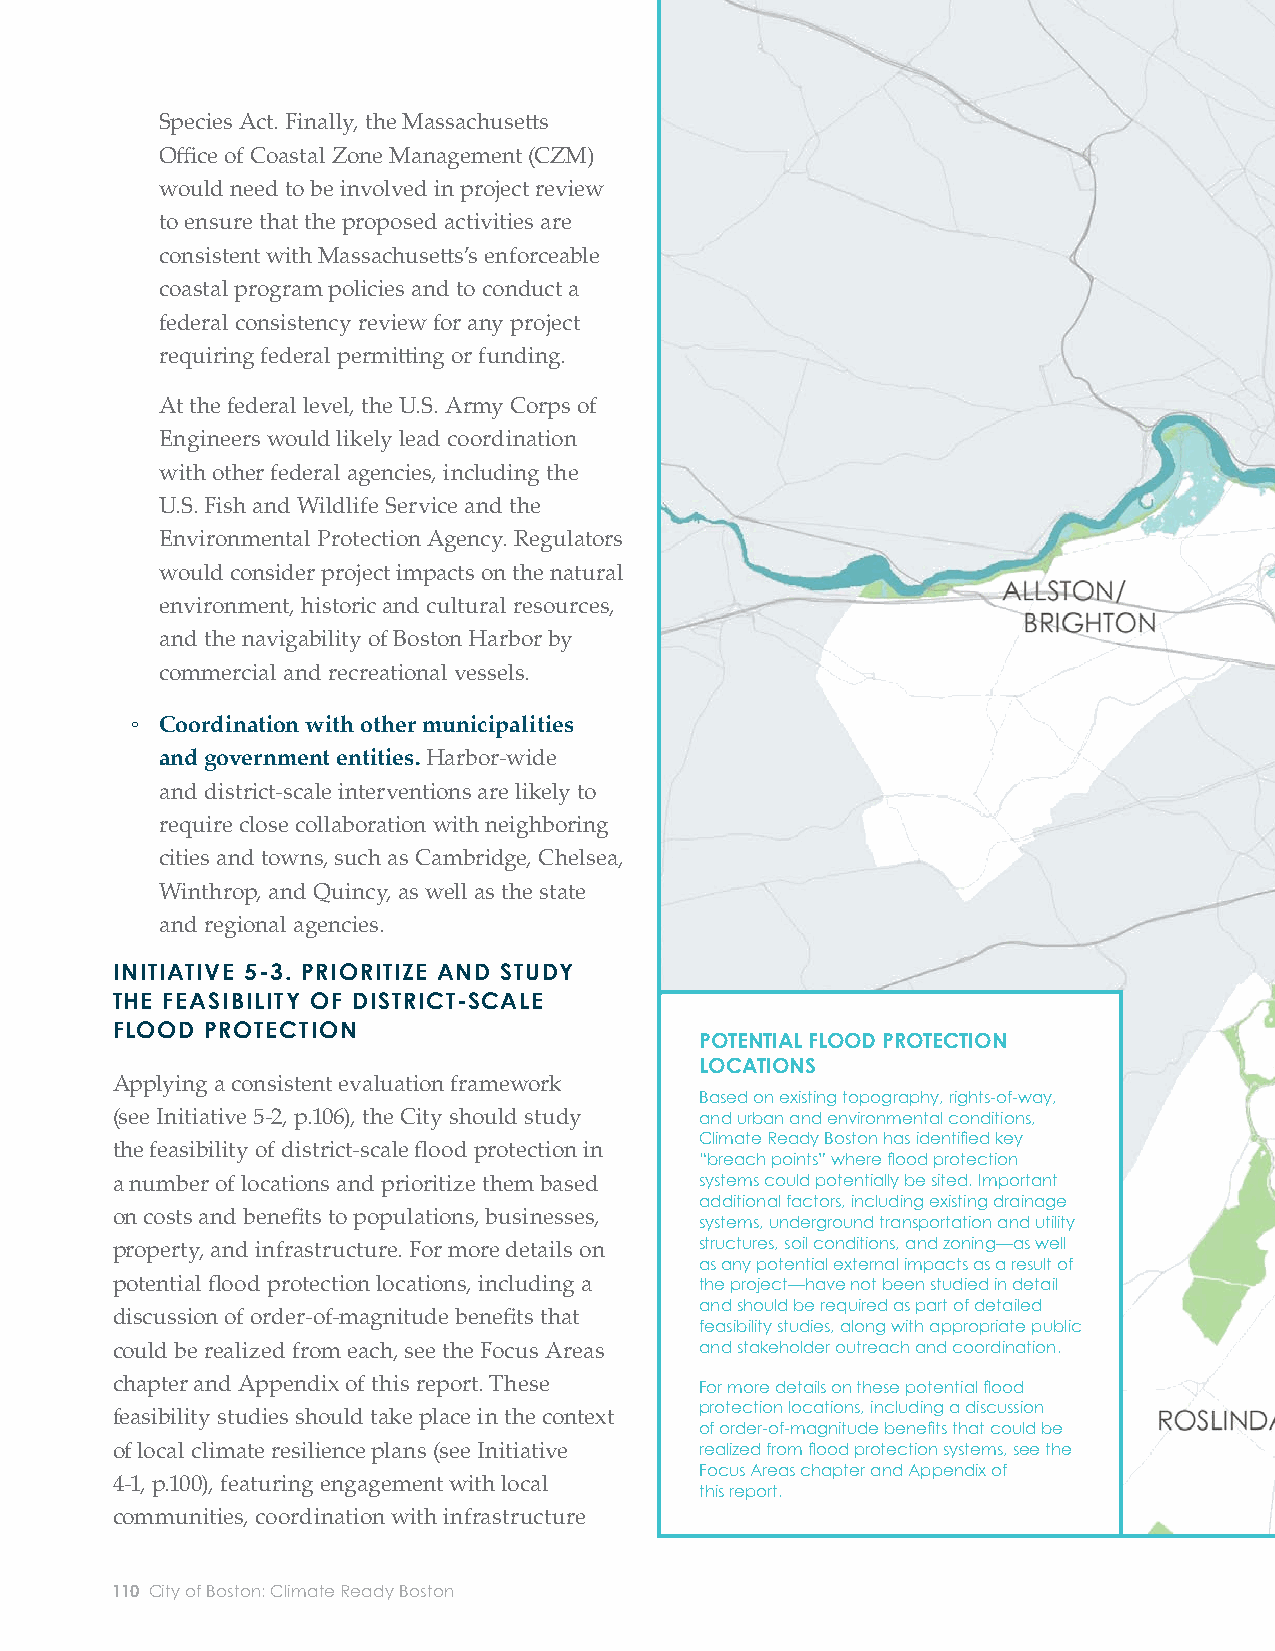
Species Act. Finally, the Massachusett s
 Offi ce of Coastal Zone Management (CZM)
 Orient
 would need to be involved in project review
 Heights
 to ensure that the proposed activities are
 consistent with Massachusett s’s enforceable
 North  Charlestown
 coastal program policies and to conduct a                                                                     Jeffries Point
 federal consistency review for any project                                                                     to Central
 requiring federal permitt ing or funding.                                                                        Square
 Wood
 At the federal level, the U.S. Army Corps of
 Island
 Engineers would likely lead coordination
 New   Charles
 with other federal agencies, including the
 River Dam
 U.S. Fish and Wildlife Service and the
 Environmental Protection Agency. Regulators
 Porzio
 would consider project impacts on the natural                                                     Downtown
 Park
 environment, historic and cultural resources,                                                     Waterfront
 and the navigability of Boston Harbor by
 commercial and recreational vessels.
 South Boston
 ◦ Coordination with other municipalities
 Waterfront
 and government entities. Harbor-wide
 and district-scale interventions are likely to
 require close collaboration with neighboring
 cities and towns, such as Cambridge, Chelsea,
 Winthrop, and Quincy, as well as the state
 and regional agencies.
 INITIATIVE 5-3. PRIORITIZE AND STUDY
 THE FEASIBILITY OF DISTRICT-SCALE                                                                                    Dorchester
 FLOOD  PROTECTION                                                                                                        Bay
 POTENTIAL FLOOD PROTECTION
 LOCATIONS
 Applying a consistent evaluation framework
 Based on existing topography, rights-of-way,
 (see Initiative 5-2, p.106), the City should study and urban and environmental conditions,
 Climate Ready Boston has identifi ed key
 the feasibility of district-scale fl ood protection in
 “breach points” where fl ood protection
 a number of locations and prioritize them based systems could potentially be sited. Important
 additional factors, including existing drainage
 on costs and benefi ts to populations, businesses,
 systems, underground transportation and utility
 property, and infrastructure. For more details on structures, soil conditions, and zoning—as well
 as any potential external impacts as a result of
 potential fl ood protection locations, including a the project—have not been studied in detail
 and should be required as part of detailed
 discussion of order-of-magnitude benefi ts that
 feasibility studies, along with appropriate public
 could be realized from each, see the Focus Areas and stakeholder outreach and coordination.
 chapter and Appendix of this report. These
 For more details on these potential fl ood
 feasibility studies should take place in the context protection locations, including a discussion
 of order-of-magnitude benefi ts that could be
 of local climate resilience plans (see Initiative realized from fl ood protection systems, see the
 Focus Areas chapter and Appendix of
 4-1, p.100), featuring engagement with local
 this report.
 communities, coordination with infrastructure
 110 City of Boston: Climate Ready Boston